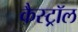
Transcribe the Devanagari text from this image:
कैस्ट्रॉल